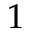
1